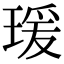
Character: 瑗